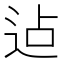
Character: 迠